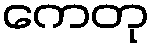
ကေတု